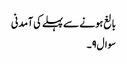
بالغ ہونے سے پہلے کی آمدنی
سوال۹۔